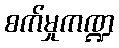
စက်မှုကဏ္ဍ